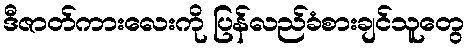
ဒီဇာတ်ကားလေးကို ပြန်လည်ခံစားချင်သူတွေ